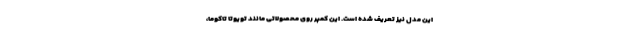
این مدل نیز تعریف شده است. این کمپر روی محصولاتی مانند تویوتا تاکوما،